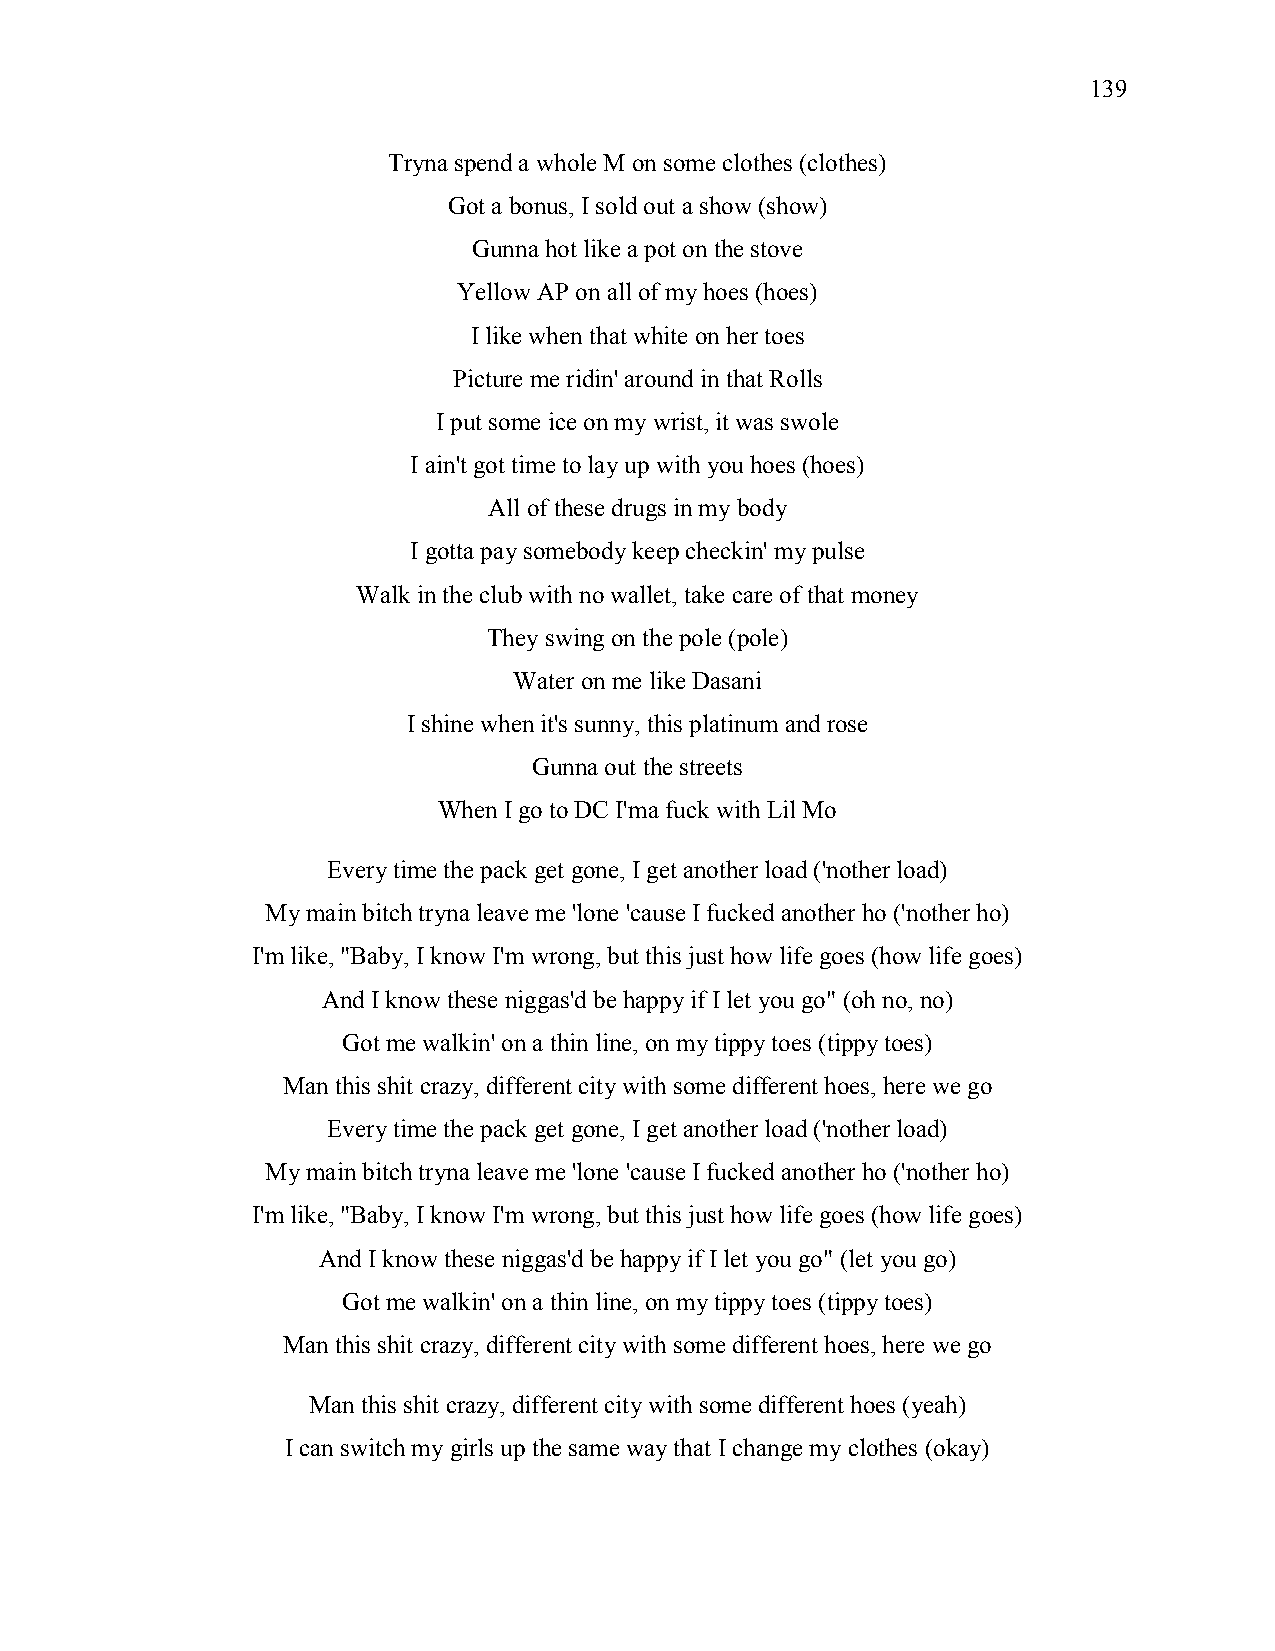
139
 Tryna spend a whole M on some clothes (clothes)
 Got a bonus, I sold out a show (show)
 Gunna hot like a pot on the stove
 Yellow AP on all of my hoes (hoes)
 I like when that white on her toes
 Picture me ridin' around in that Rolls
 I put some ice on my wrist, it was swole
 I ain't got time to lay up with you hoes (hoes)
 All of these drugs in my body
 I gotta pay somebody keep checkin' my pulse
 Walk in the club with no wallet, take care of that money
 They swing on the pole (pole)
 Water on me like Dasani
 I shine when it's sunny, this platinum and rose
 Gunna out the streets
 When I go to DC I'ma fuck with Lil Mo
 Every time the pack get gone, I get another load ('nother load)
 My main bitch tryna leave me 'lone 'cause I fucked another ho ('nother ho)
 I'm like, "Baby, I know I'm wrong, but this just how life goes (how life goes)
 And I know these niggas'd be happy if I let you go" (oh no, no)
 Got me walkin' on a thin line, on my tippy toes (tippy toes)
 Man this shit crazy, different city with some different hoes, here we go
 Every time the pack get gone, I get another load ('nother load)
 My main bitch tryna leave me 'lone 'cause I fucked another ho ('nother ho)
 I'm like, "Baby, I know I'm wrong, but this just how life goes (how life goes)
 And I know these niggas'd be happy if I let you go" (let you go)
 Got me walkin' on a thin line, on my tippy toes (tippy toes)
 Man this shit crazy, different city with some different hoes, here we go
 Man this shit crazy, different city with some different hoes (yeah)
 I can switch my girls up the same way that I change my clothes (okay)